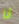
أنا